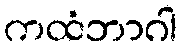
ကထံဘာဂါ